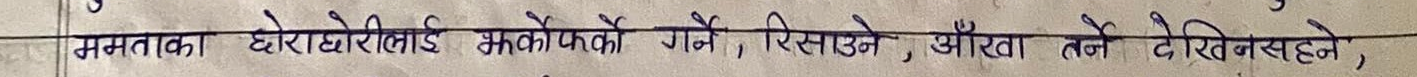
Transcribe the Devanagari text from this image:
ममताका छोराछोरीलाइ झर्को फर्को गर्ने, रिसाउने, आँखा तर्ने देखिनसक्ने,